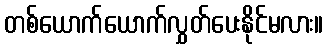
တစ်ယောက်ယောက်လွှတ်ပေးနိုင်မလား။